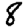
Digit: 8